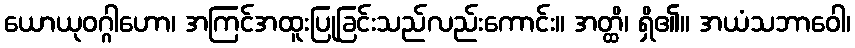
ယောယုဝဂ္ဂါဟော၊ အကြင်အထူးပြုခြင်းသည်လည်းကောင်း။ အတ္ထိ၊ ရှိ၏။ အယံသဘာဝေါ၊